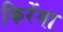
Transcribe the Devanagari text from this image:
किरेंगा